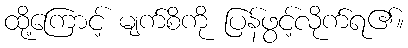
ထို့ကြောင့် မျက်စိကို ပြန်ဖွင့်လိုက်ရ၏။